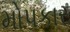
મોપકાર